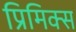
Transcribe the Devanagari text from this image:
प्रिमिक्स